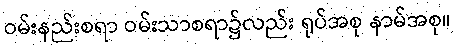
ဝမ်းနည်းစရာ ဝမ်းသာစရာ၌လည်း ရုပ်အစု နာမ်အစု။